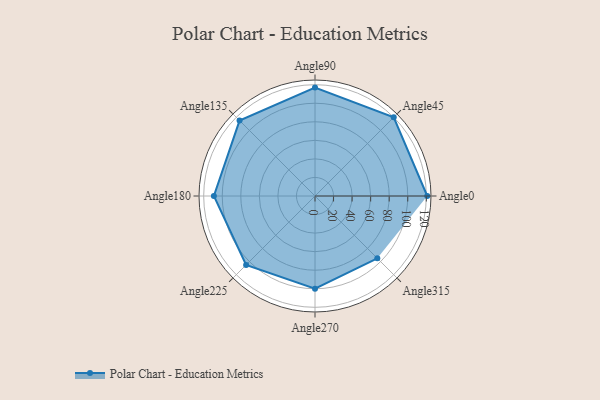
{"axis": {"x": "Angle", "y": "Radius"}, "legend": [""], "data": [{"x": "Angle0", "y": 121.0, "type": ""}, {"x": "Angle45", "y": 120.0, "type": ""}, {"x": "Angle90", "y": 117.0, "type": ""}, {"x": "Angle135", "y": 115.0, "type": ""}, {"x": "Angle180", "y": 109.0, "type": ""}, {"x": "Angle225", "y": 105.0, "type": ""}, {"x": "Angle270", "y": 100.0, "type": ""}, {"x": "Angle315", "y": 95.0, "type": ""}]}